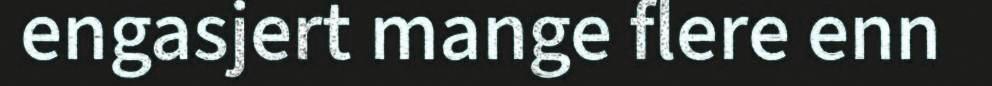
engasjert mange flere enn